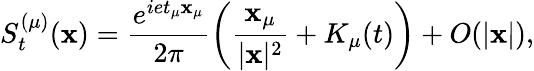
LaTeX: S_{t}^{(\mu)}(\mathbf{x})=\frac{{e^{iet_{\mu}\mathbf{x}_{\mu}}}}{{2\pi}}\left(\frac{{\mathbf{x}_{\mu}}}{{|{\mathbf{\mathbf{x}}}|^{2}}}+K_{\mu}(t)\right)+O(|\mathbf{x}|),